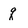
Character: q